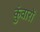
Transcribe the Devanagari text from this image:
कुंवारों